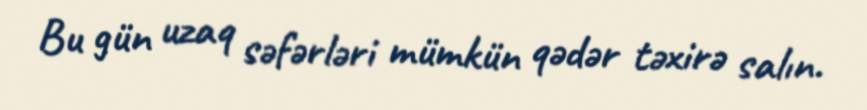
Bu gün uzaq səfərləri mümkün qədər təxirə salın.